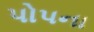
પોપના